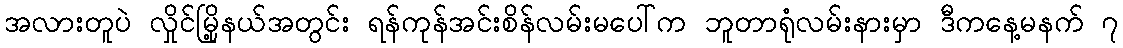
အလားတူပဲ လှိုင်မြို့နယ်အတွင်း ရန်ကုန်အင်းစိန်လမ်းမပေါ်က ဘူတာရုံလမ်းနားမှာ ဒီကနေ့မနက် ၇